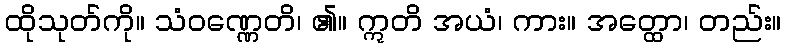
ထိုသုတ်ကို။ သံဝဏ္ဏေတိ၊ ၏။ ဣတိ အယံ၊ ကား။ အတ္ထော၊ တည်း။